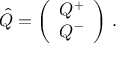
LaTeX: \hat { Q } = \left( \begin{array} { l } { { Q ^ { + } } } \\ { { Q ^ { - } } } \end{array} \right) \, .